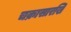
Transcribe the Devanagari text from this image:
चक्रासारखि